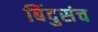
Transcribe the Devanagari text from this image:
बिंदुसंच